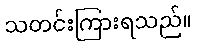
သတင်းကြားရသည်။